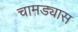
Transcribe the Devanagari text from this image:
चामड्यास